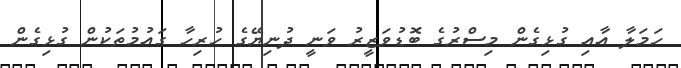
ހަމަލާ އާއި ގުޅިގެން މިސްރުގެ ބޮޑުވަޒީރު ވަނީ ދުނިޔޭގެ ހުރިހާ ގައުމުތަކުން ގުޅިގެން